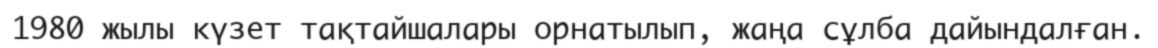
1980 жылы күзет тақтайшалары орнатылып, жаңа сұлба дайындалған.